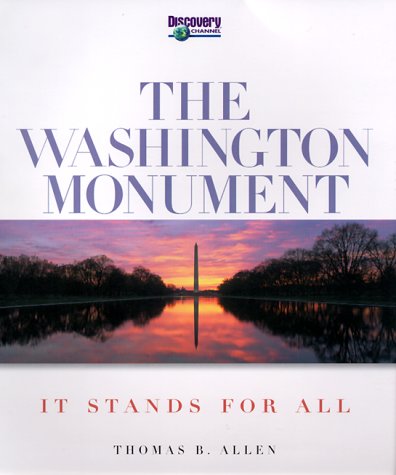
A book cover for The Washington Monument: It Stands for All; Thomas B. Allen; Travel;